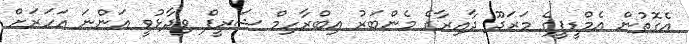
އެގޮތުން އެމްޑީޕީގެ މަރަދޫ ދާއިރާގެ މެންބަރު އިބްރާހިމް ޝަރީފް ވިދާޅުވީ އަންނަ އަހަރަށް